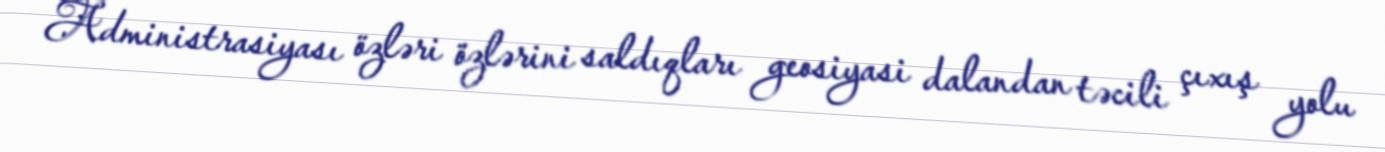
Administrasiyası özləri özlərini saldıqları geosiyasi dalandan təcili çıxış yolu